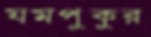
যমপুকুর